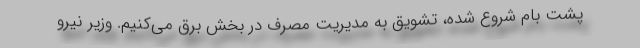
پشت بام شروع شده، تشویق به مدیریت مصرف در بخش برق می‌کنیم. وزیر نیرو